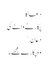
دعا کا
پکارنے والے کی
دَعَانِ ۙ
وہ پکارے مجھے۔